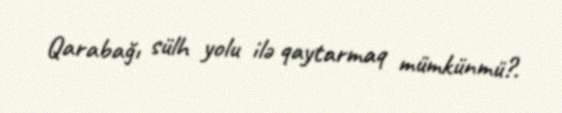
Qarabağı sülh yolu ilə qaytarmaq mümkünmü?.